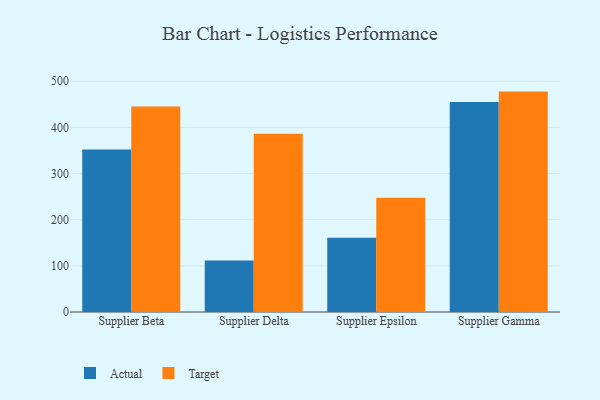
{"axis": {"x": "Supplier", "y": "Energy Usage (MWh)"}, "legend": ["Actual", "Target"], "data": [{"x": "Supplier Beta", "y": 352.3, "type": "Actual"}, {"x": "Supplier Beta", "y": 445.4, "type": "Target"}, {"x": "Supplier Delta", "y": 111.8, "type": "Actual"}, {"x": "Supplier Delta", "y": 386.4, "type": "Target"}, {"x": "Supplier Epsilon", "y": 161.0, "type": "Actual"}, {"x": "Supplier Epsilon", "y": 247.7, "type": "Target"}, {"x": "Supplier Gamma", "y": 455.1, "type": "Actual"}, {"x": "Supplier Gamma", "y": 477.6, "type": "Target"}]}